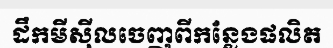
ដឹកមីស៊ីលចេញពីកន្លែងផលិត